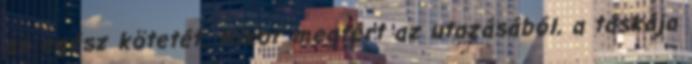
az egész kötetét. Mikor megtért az utazásából, a táskája